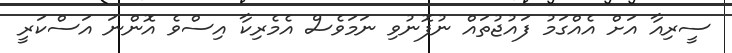
ސީރިއާ އަށް އެއްގަމު ފައުޖުތައް ނުފޮނުވި ނަމަވެސް އެމެރިކާ އިސްވެ އޮންނަ އަސްކަރީ